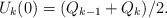
LaTeX: \begin{align*}U_k(0)=(Q_{k-1}+Q_{k})/2.\end{align*}